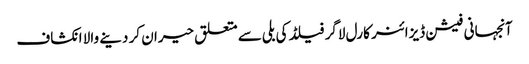
آنجہانی فیشن ڈیزائنر کارل لاگر فیلڈ کی بلی سے متعلق حیران کر دینے والا انکشاف